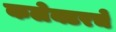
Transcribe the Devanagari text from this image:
कलेक्टरचे